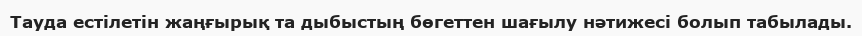
Тауда естілетін жаңғырық та дыбыстың бөгеттен шағылу нәтижесі болып табылады.